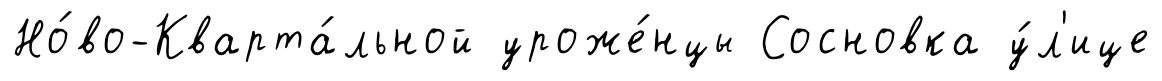
Но́во-Кварта́льной уроже́нцы Сосновка у́л'ице